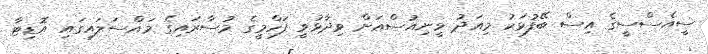
ސީއެސްސީގެ އިސް ބޭފުޅަކު މިއަދު ވީނިއުސްއަށް ވިދާޅުވީ ފަހްމީގެ މުސާރައިގެ މައްސަލައިގައި އޮޑިޓާ